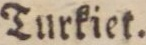
Turkiet.